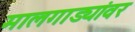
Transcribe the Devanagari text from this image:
मालगाड्यांवर